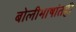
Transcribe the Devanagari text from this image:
बोलीभाषांतही